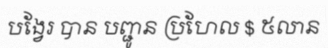
បង្វែរ បាន បញ្ជូន ប្រហែល $ ៥លាន